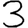
Digit: 3